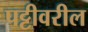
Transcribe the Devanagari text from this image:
पट्टीवरील